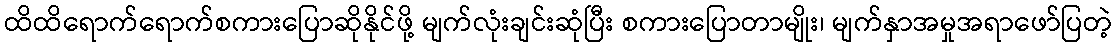
ထိထိရောက်ရောက်စကားပြောဆိုနိုင်ဖို့ မျက်လုံးချင်းဆုံပြီး စကားပြောတာမျိုး၊ မျက်နှာအမှုအရာဖော်ပြတဲ့